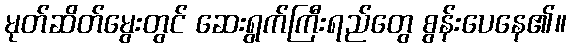
မုတ်ဆိတ်မွေးတွင် ဆေးရွက်ကြီးရည်တွေ စွန်းပေနေ၏။